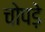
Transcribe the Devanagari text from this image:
चोपड़े